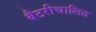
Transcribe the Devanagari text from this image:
बैटरीचालित